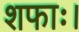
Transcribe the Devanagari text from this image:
शफाः।